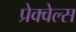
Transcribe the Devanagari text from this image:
प्रेक्वेल्स